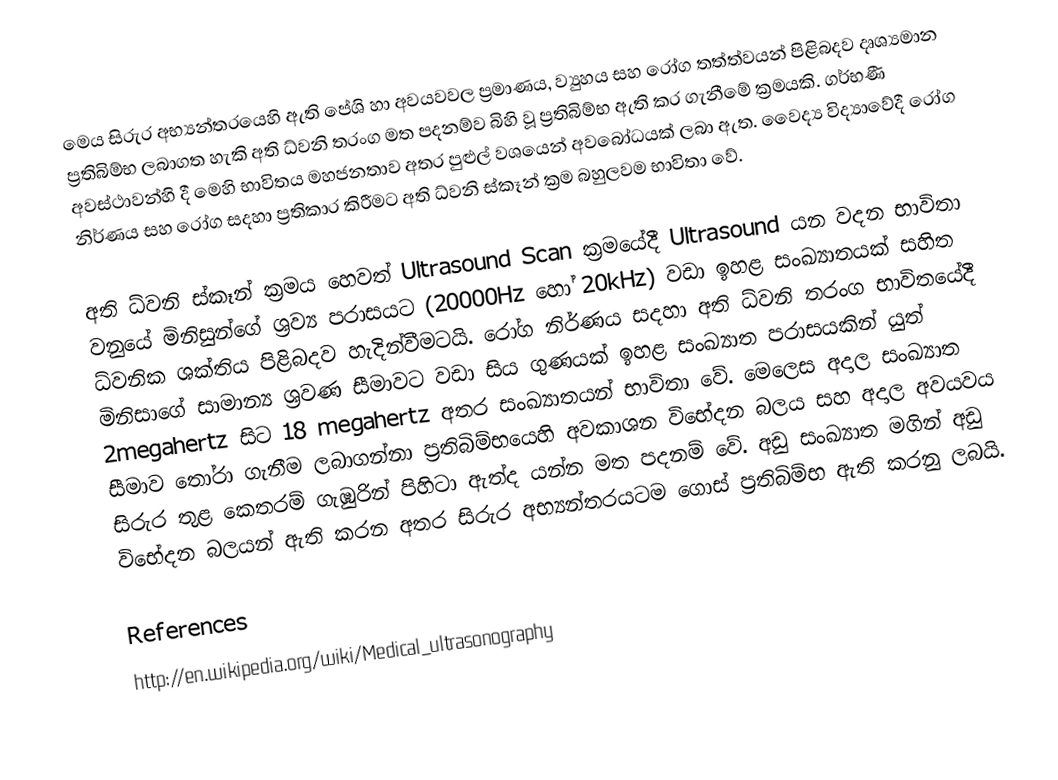
මෙය සිරුර අභ්‍යන්තරයෙහි ඇති පේශි හා අවයවවල ප්‍රමාණය, ව්‍යුහය සහ රෝග තත්ත්වයන් පිළිබදව දෘශ්‍යමාන ප්‍රතිබිම්භ ලබාගත හැකි අති ධ්වනි තරංග මත පදනම්ව බිහි වූ ප්‍රතිබිම්භ ඇති කර ගැනීමේ ක්‍රමයකි.  ගර්භණී අවස්ථාවන්හි දී මෙහි භාවිතය මහජනතාව අතර පුළුල් වශයෙන් අවබෝධයක් ලබා ඇත. වෛද්‍ය විද්‍යාවේදී රෝග නිර්ණය සහ රෝග සදහා ප්‍රතිකාර කිරීමට අති ධ්වනි ස්කෑන් ක්‍රම බහුලවම භාවිතා වේ.

අති ධ්වනි ස්කෑන් ක්‍රමය හෙවත් Ultrasound Scan ක්‍රමයේදී Ultrasound යන වදන භාවිතා වනුයේ මිනිසුන්ගේ ශ්‍රව්‍ය පරාසයට (20000Hz හෝ 20kHz)  වඩා ඉහළ සංඛ්‍යාතයක් සහිත ධ්වනික ශක්තිය පිළිබදව හැදින්වීමටයි.  රෝග නිර්ණය සදහා අති ධ්වනි තරංග භාවිතයේදී මිනිසාගේ සාමාන්‍ය ශ්‍රවණ සීමාවට වඩා සිය ගුණයක් ඉහළ සංඛ්‍යාත පරාසයකින් යුත් 2megahertz  සිට 18 megahertz අතර සංඛ්‍යාතයන් භාවිතා වේ. මෙලෙ‍ස අදාල සංඛ්‍යාත සීමාව තෝරා ගැනීම ලබාගන්නා ප්‍රතිබිම්භයෙහි අවකාශන විභේදන බලය සහ අදාල අවයවය සිරුර තුළ කෙතරම් ගැඹුරින් පිහිටා ඇත්ද යන්න මත පදනම් වේ. අඩු සංඛ්‍යාත මගින් අඩු විභේදන බලයන් ඇති කරන අතර සිරුර අභ්‍යන්තරයටම ගොස් ප්‍රතිබිම්භ ඇති කරනු ලබයි.

References
http://en.wikipedia.org/wiki/Medical_ultrasonography